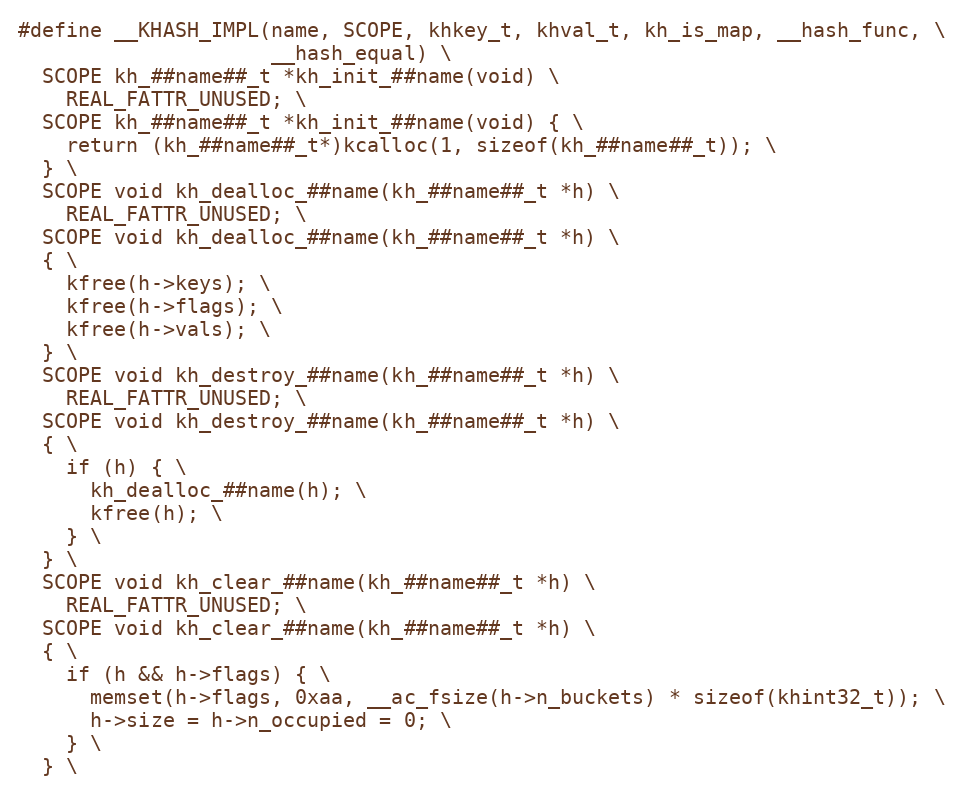
Language: C
#define __KHASH_IMPL(name, SCOPE, khkey_t, khval_t, kh_is_map, __hash_func, \
                     __hash_equal) \
  SCOPE kh_##name##_t *kh_init_##name(void) \
    REAL_FATTR_UNUSED; \
  SCOPE kh_##name##_t *kh_init_##name(void) { \
    return (kh_##name##_t*)kcalloc(1, sizeof(kh_##name##_t)); \
  } \
  SCOPE void kh_dealloc_##name(kh_##name##_t *h) \
    REAL_FATTR_UNUSED; \
  SCOPE void kh_dealloc_##name(kh_##name##_t *h) \
  { \
    kfree(h->keys); \
    kfree(h->flags); \
    kfree(h->vals); \
  } \
  SCOPE void kh_destroy_##name(kh_##name##_t *h) \
    REAL_FATTR_UNUSED; \
  SCOPE void kh_destroy_##name(kh_##name##_t *h) \
  { \
    if (h) { \
      kh_dealloc_##name(h); \
      kfree(h); \
    } \
  } \
  SCOPE void kh_clear_##name(kh_##name##_t *h) \
    REAL_FATTR_UNUSED; \
  SCOPE void kh_clear_##name(kh_##name##_t *h) \
  { \
    if (h && h->flags) { \
      memset(h->flags, 0xaa, __ac_fsize(h->n_buckets) * sizeof(khint32_t)); \
      h->size = h->n_occupied = 0; \
    } \
  } \